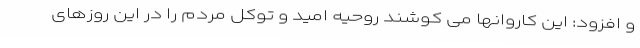
و افزود: این کاروانها می کوشند روحیه امید و توکل مردم را در این روزهای